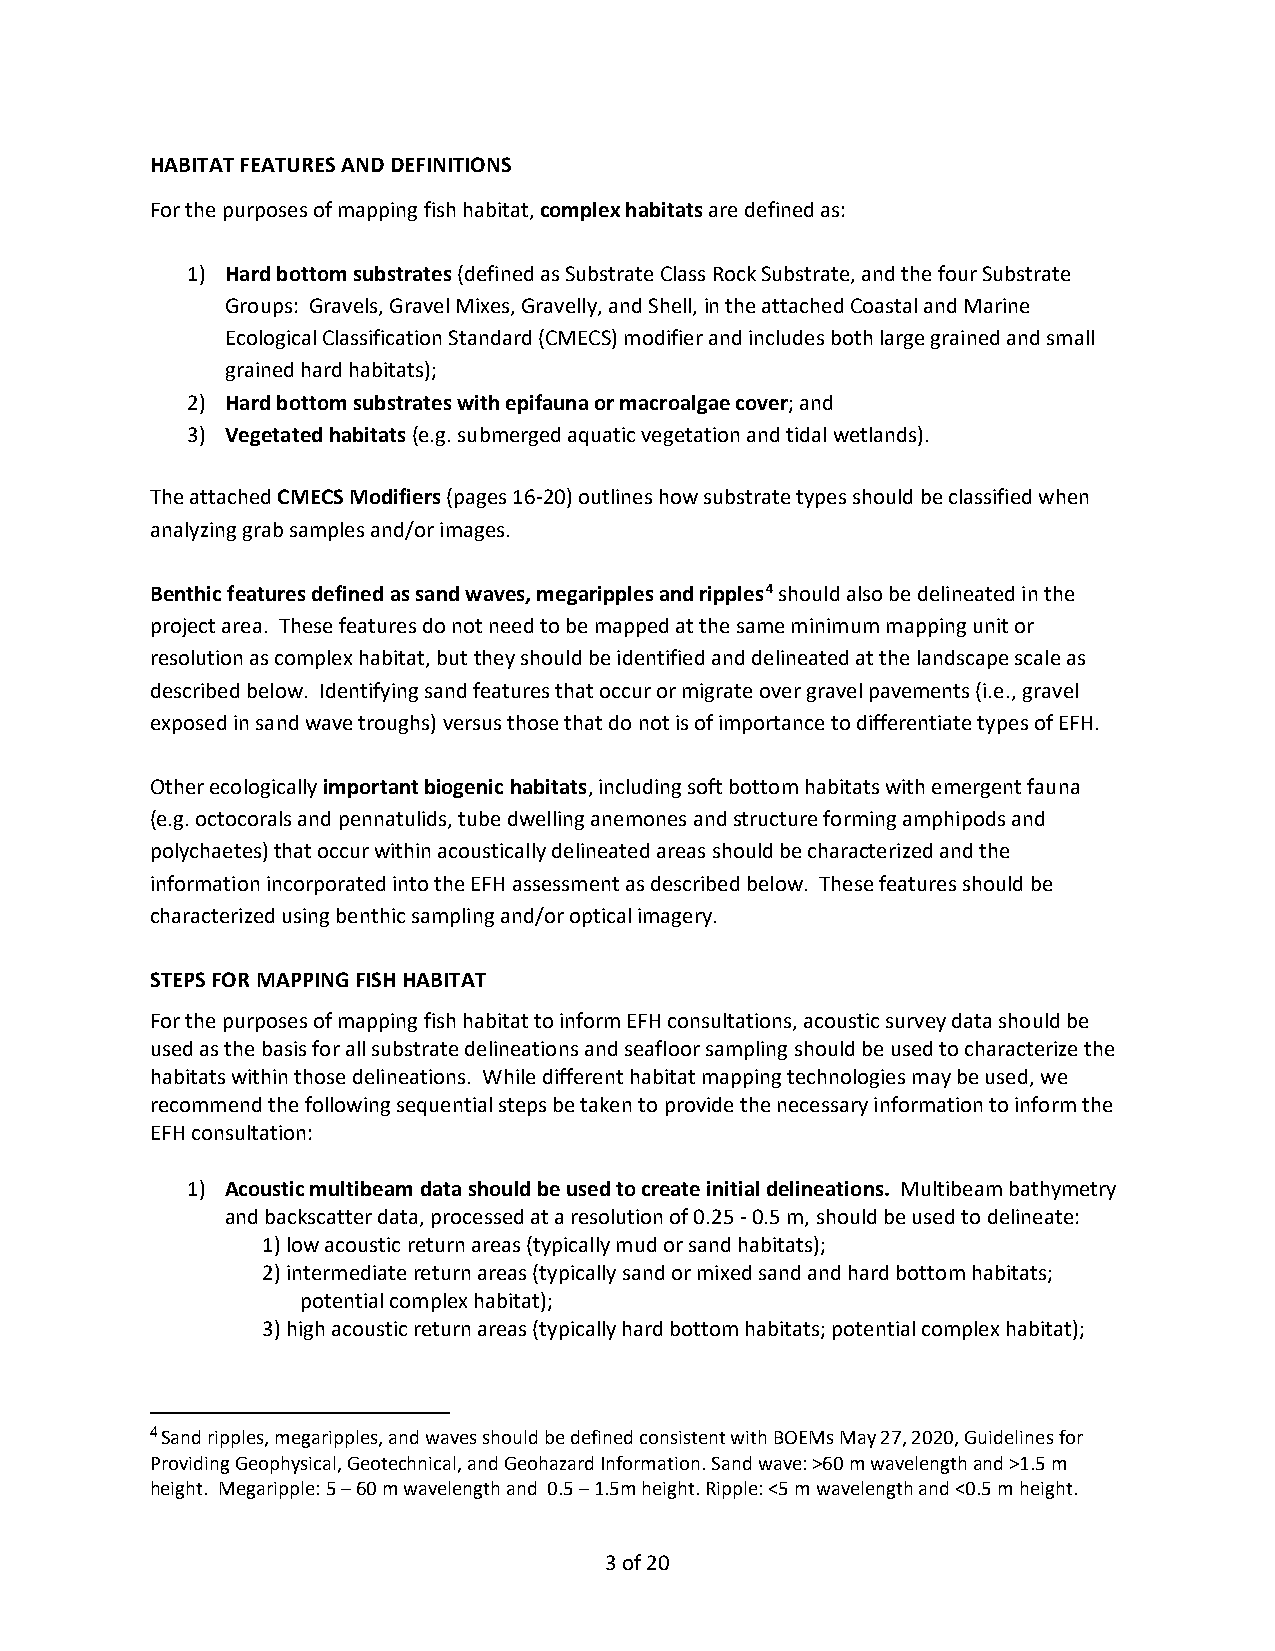
HABITAT FEATURES AND DEFINITIONS
 For the purposes of mapping fish habitat, complex habitats are defined as:
 1) Hard bottom substrates (defined as Substrate Class Rock Substrate, and the four Substrate
 Groups: Gravels, Gravel Mixes, Gravelly, and Shell, in the attached Coastal and Marine
 Ecological Classification Standard (CMECS) modifier and includes both large grained and small
 grained hard habitats);
 2) Hard bottom substrates with epifauna or macroalgae cover; and
 3) Vegetated habitats (e.g. submerged aquatic vegetation and tidal wetlands).
 The attached CMECS Modifiers (pages 16-20) outlines how substrate types should be classified when
 analyzing grab samples and/or images.
 Benthic features defined as sand waves, megaripples and ripples4 should also be delineated in the
 project area. These features do not need to be mapped at the same minimum mapping unit or
 resolution as complex habitat, but they should be identified and delineated at the landscape scale as
 described below. Identifying sand features that occur or migrate over gravel pavements (i.e., gravel
 exposed in sand wave troughs) versus those that do not is of importance to differentiate types of EFH.
 Other ecologically important biogenic habitats, including soft bottom habitats with emergent fauna
 (e.g. octocorals and pennatulids, tube dwelling anemones and structure forming amphipods and
 polychaetes) that occur within acoustically delineated areas should be characterized and the
 information incorporated into the EFH assessment as described below. These features should be
 characterized using benthic sampling and/or optical imagery.
 STEPS FOR MAPPING FISH HABITAT
 For the purposes of mapping fish habitat to inform EFH consultations, acoustic survey data should be
 used as the basis for all substrate delineations and seafloor sampling should be used to characterize the
 habitats within those delineations. While different habitat mapping technologies may be used, we
 recommend the following sequential steps be taken to provide the necessary information to inform the
 EFH consultation:
 1) Acoustic multibeam data should be used to create initial delineations. Multibeam bathymetry
 and backscatter data, processed at a resolution of 0.25 - 0.5 m, should be used to delineate:
 1) low acoustic return areas (typically mud or sand habitats);
 2) intermediate return areas (typically sand or mixed sand and hard bottom habitats;
 potential complex habitat);
 3) high acoustic return areas (typically hard bottom habitats; potential complex habitat);
 4 Sand ripples, megaripples, and waves should be defined consistent with BOEMs May 27, 2020, Guidelines for
 Providing Geophysical, Geotechnical, and Geohazard Information. Sand wave: >60 m wavelength and >1.5 m
 height. Megaripple: 5 – 60 m wavelength and 0.5 – 1.5m height. Ripple: <5 m wavelength and <0.5 m height.
 3 of 20